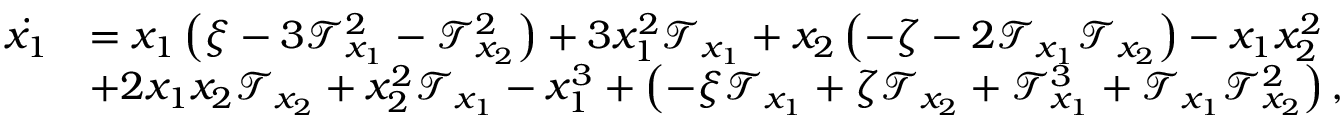
\begin{array} { r l } { \Dot { x _ { 1 } } } & { = x _ { 1 } \left( \xi - 3 \mathcal { T } _ { x _ { 1 } } ^ { 2 } - \mathcal { T } _ { x _ { 2 } } ^ { 2 } \right) + 3 x _ { 1 } ^ { 2 } \mathcal { T } _ { x _ { 1 } } + x _ { 2 } \left( - \zeta - 2 \mathcal { T } _ { x _ { 1 } } \mathcal { T } _ { x _ { 2 } } \right) - x _ { 1 } x _ { 2 } ^ { 2 } } \\ & { + 2 x _ { 1 } x _ { 2 } \mathcal { T } _ { x _ { 2 } } + x _ { 2 } ^ { 2 } \mathcal { T } _ { x _ { 1 } } - x _ { 1 } ^ { 3 } + \left( - \xi \mathcal { T } _ { x _ { 1 } } + \zeta \mathcal { T } _ { x _ { 2 } } + \mathcal { T } _ { x _ { 1 } } ^ { 3 } + \mathcal { T } _ { x _ { 1 } } \mathcal { T } _ { x _ { 2 } } ^ { 2 } \right) , } \end{array}